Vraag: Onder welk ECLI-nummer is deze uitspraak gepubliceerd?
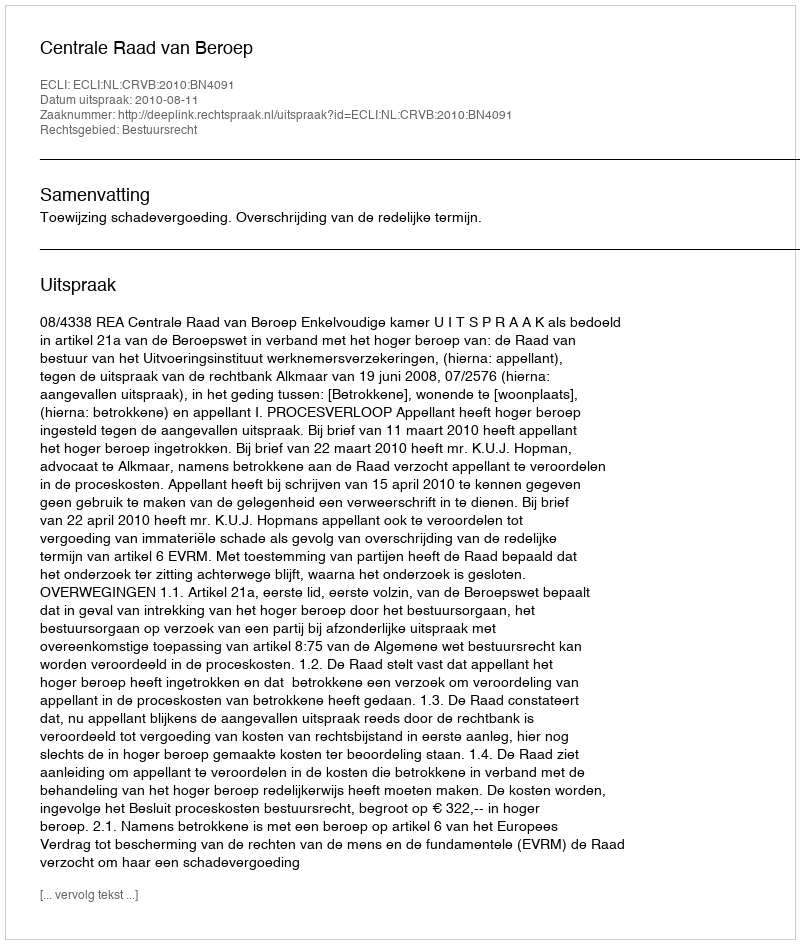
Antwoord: ECLI:NL:CRVB:2010:BN4091